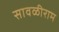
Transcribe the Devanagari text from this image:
सावळीराम